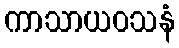
ကာသာယဝသနံ